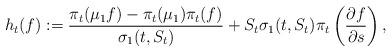
LaTeX: \begin{align*} h_t(f):= \frac{\pi_t(\mu_1 f) - \pi_t(\mu_1) \pi_t(f)} {\sigma_1(t,S_t)} + S_t \sigma_1(t,S_t) \pi_t \left(\frac{\partial f }{\partial s}\right), \end{align*}